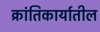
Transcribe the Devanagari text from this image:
क्रांतिकार्यातील